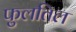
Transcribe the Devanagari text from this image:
फुलतिल